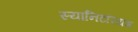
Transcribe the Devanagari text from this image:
स्यानिटरियम